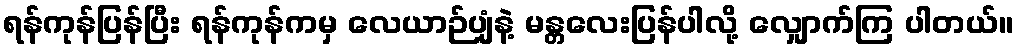
ရန်ကုန်ပြန်ပြီး ရန်ကုန်ကမှ လေယာဉ်ပျံနဲ့ မန္တလေးပြန်ပါလို့ လျှောက်ကြ ပါတယ်။